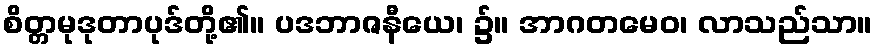
စိတ္တမုဒုတာပုဒ်တို့၏။ ပဒဘာဇနီယေ၊ ၌။ အာဂတမေဝ၊ လာသည်သာ။